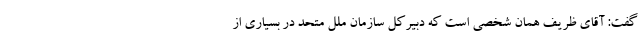
گفت: آقای ظریف همان شخصی است که دبیرکل سازمان ملل متحد در بسیاری از